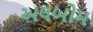
અલબોમ